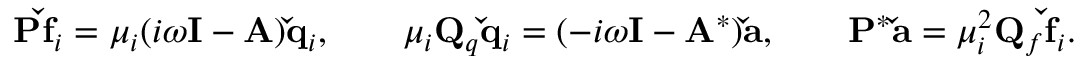
\begin{array} { r l r } { \mathbf { P \check { f } } _ { i } = \mu _ { i } ( i \omega \mathbf { I } - \mathbf { A } ) \mathbf { \check { q } } _ { i } , \; \; \; \; } & { \mu _ { i } \mathbf { Q } _ { q } \mathbf { \check { q } } _ { i } = ( - i \omega \mathbf { I } - \mathbf { A } ^ { * } ) \mathbf { \check { a } } , \; \; \; \; } & { \mathbf { P } ^ { * } \mathbf { \check { a } } = \mu _ { i } ^ { 2 } \mathbf { Q } _ { f } \mathbf { \check { f } } _ { i } . } \end{array}